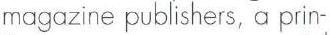
magazine publishers, a prin-